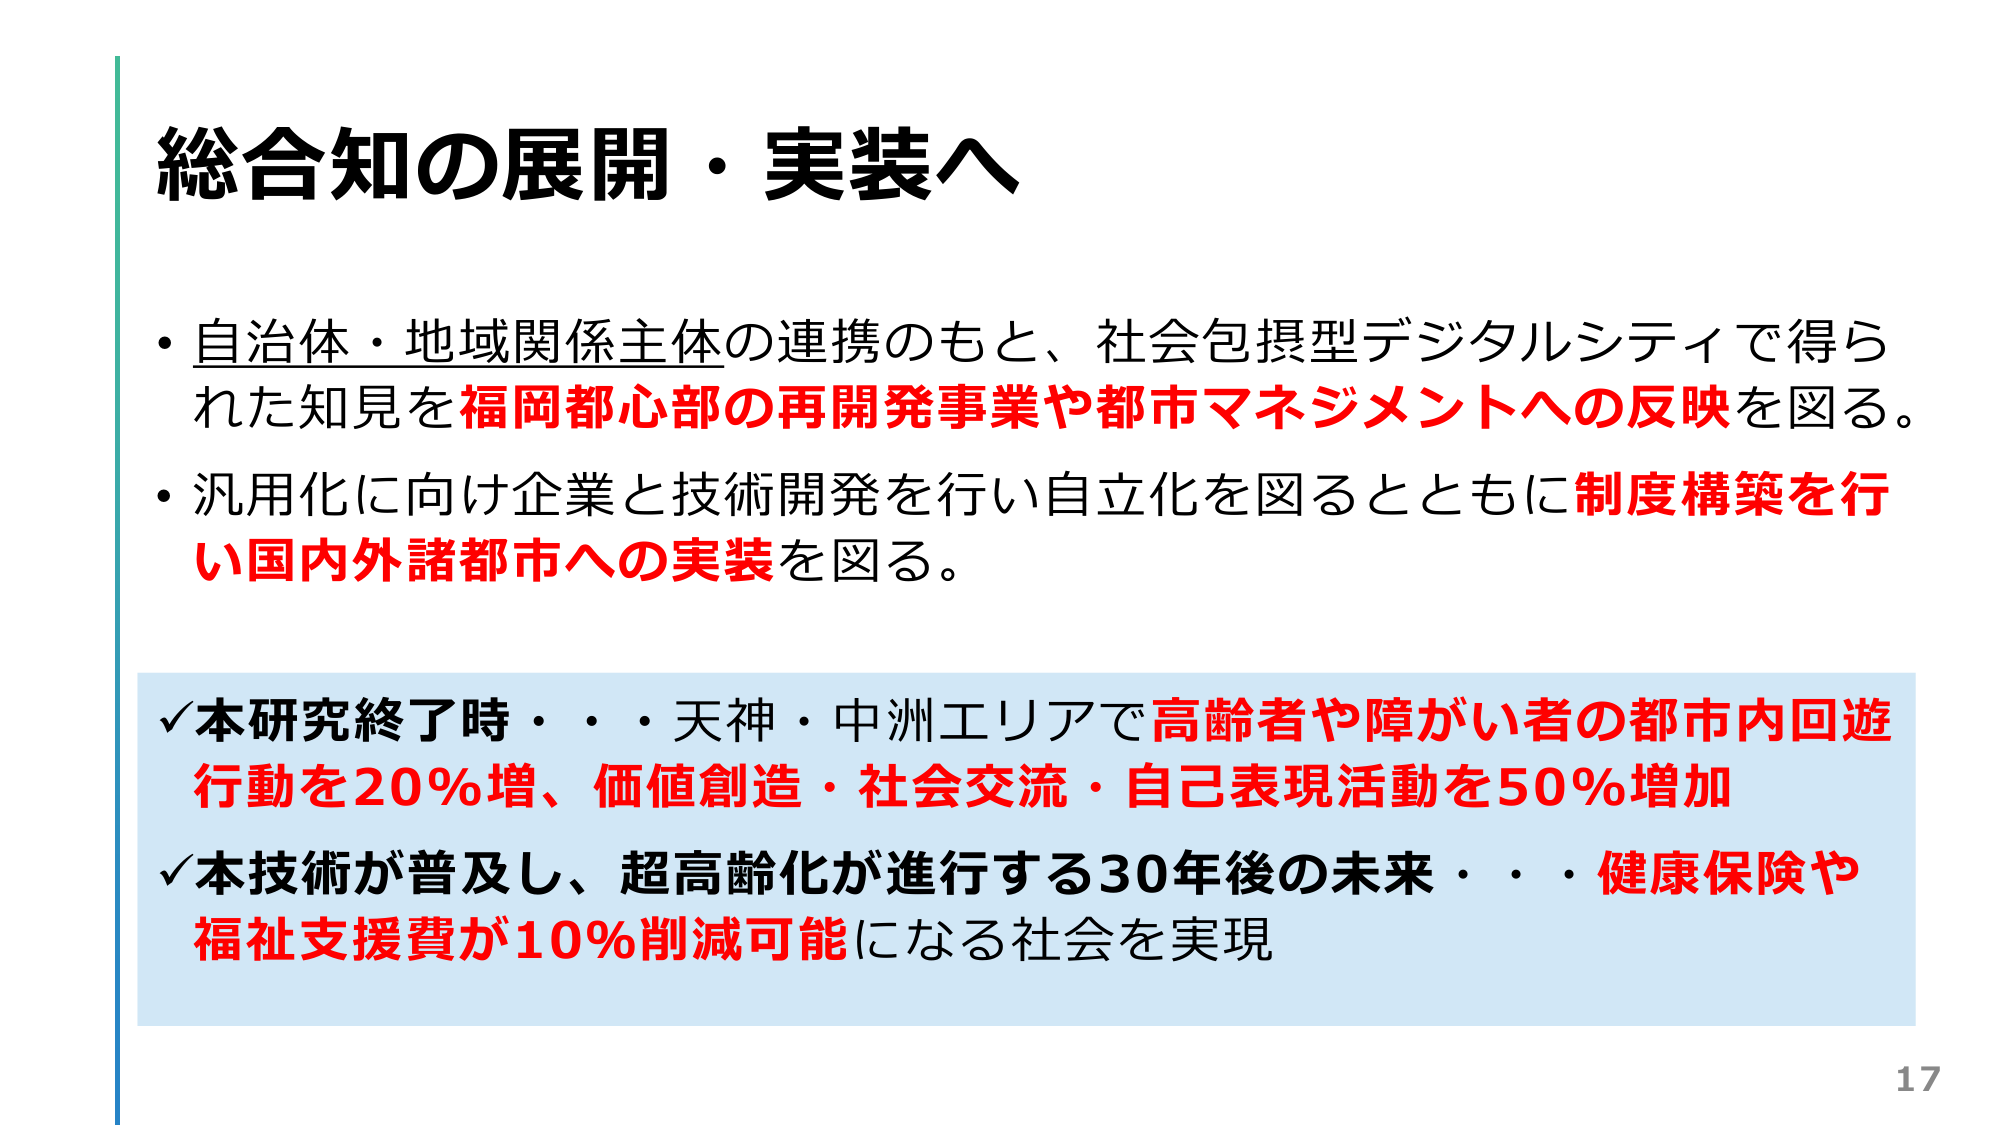
総合知の展開・実装へ

・自治体・地域関係主体の連携のもと、社会包摂型デジタルシティで得られた知見を福岡都心部の再開発事業や都市マネジメントへの反映を図る。
・汎用化に向け企業と技術開発を行い自立化を図るとともに制度構築を行い国内外諸都市への実装を図る。

✓本研究終了時・・・天神・中洲エリアで高齢者や障がい者の都市内回遊行動を20％増、価値創造・社会交流・自己表現活動を50％増加
✓本技術が普及し、超高齢化が進行する30年後の未来・・・健康保険や福祉支援費が10％削減可能になる社会を実現

17